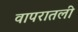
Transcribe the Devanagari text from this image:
वापरातली